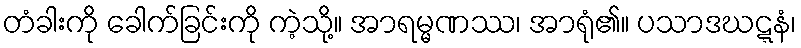
တံခါးကို ခေါက်ခြင်းကို ကဲ့သို့။ အာရမ္မဏဿ၊ အာရုံ၏။ ပသာဒဃဋ္ဋနံ၊